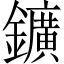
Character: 鑛